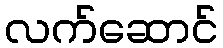
လက်ဆောင်